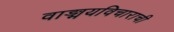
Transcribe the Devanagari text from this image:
वाङ्मयविचाराची